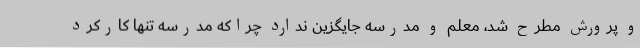
و پرورش مطرح شد، معلم و مدرسه جایگزین ندارد چراکه مدرسه تنها کارکرد